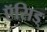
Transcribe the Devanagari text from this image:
ऍसिड्